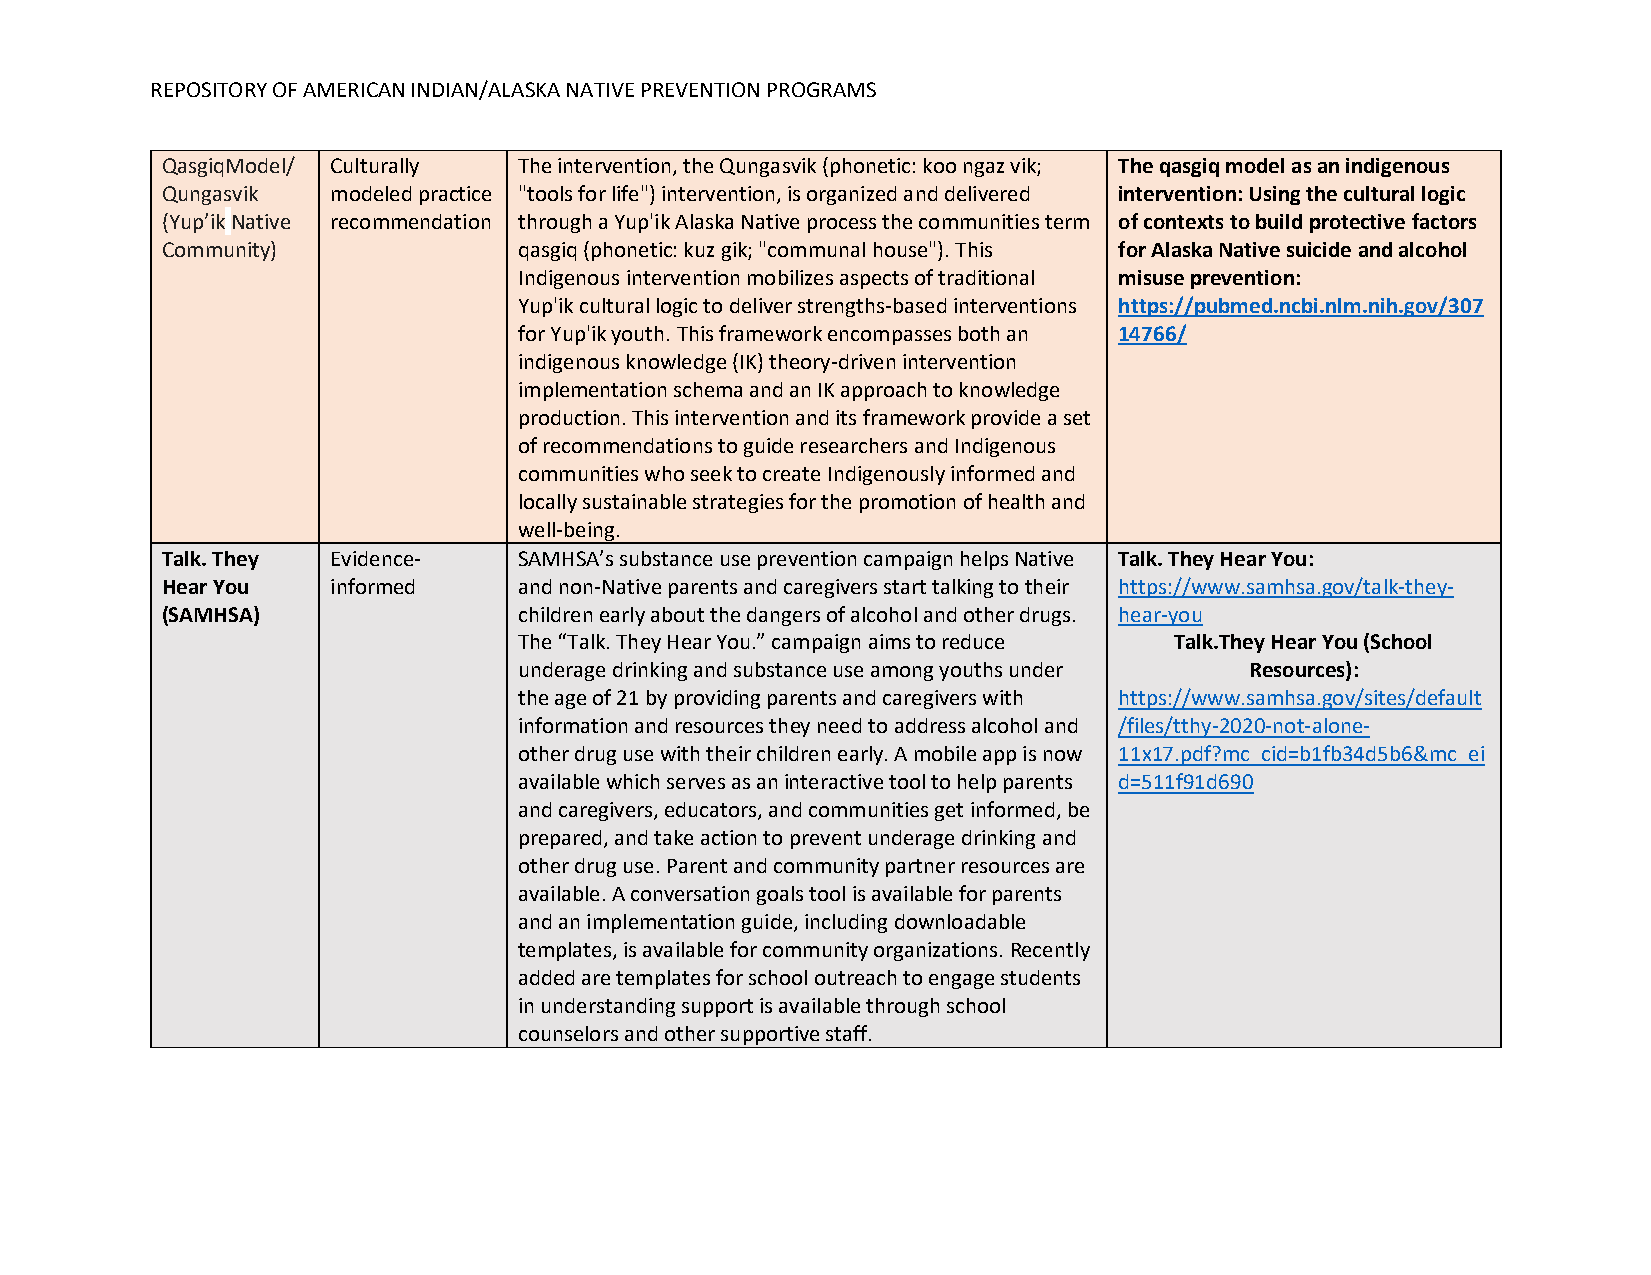
REPOSITORY OF AMERICAN INDIAN/ALASKA NATIVE PREVENTION PROGRAMS
 QasgiqModel/ Culturally The intervention, the Qungasvik (phonetic: koo ngaz vik; The qasgiq model as an indigenous
 Qungasvik  modeled practice "tools for life") intervention, is organized and delivered intervention: Using the cultural logic
 (Yup’ik Native recommendation through a Yup'ik Alaska Native process the communities term of contexts to build protective factors
 Community)             qasgiq (phonetic: kuz gik; "communal house"). This for Alaska Native suicide and alcohol
 Indigenous intervention mobilizes aspects of traditional misuse prevention:
 Yup'ik cultural logic to deliver strengths-based interventions https://pubmed.ncbi.nlm.nih.gov/307
 for Yup'ik youth. This framework encompasses both an 14766/
 indigenous knowledge (IK) theory-driven intervention
 implementation schema and an IK approach to knowledge
 production. This intervention and its framework provide a set
 of recommendations to guide researchers and Indigenous
 communities who seek to create Indigenously informed and
 locally sustainable strategies for the promotion of health and
 well-being.
 Talk. They Evidence-   SAMHSA’s substance use prevention campaign helps Native Talk. They Hear You:
 Hear You   informed    and non-Native parents and caregivers start talking to their https://www.samhsa.gov/talk-they-
 (SAMHSA)               children early about the dangers of alcohol and other drugs. hear-you
 The “Talk. They Hear You.” campaign aims to reduce Talk.They Hear You (School
 underage drinking and substance use among youths under Resources):
 the age of 21 by providing parents and caregivers with https://www.samhsa.gov/sites/default
 information and resources they need to address alcohol and /files/tthy-2020-not-alone-
 other drug use with their children early. A mobile app is now 11x17.pdf?mc_cid=b1fb34d5b6&mc_ei
 available which serves as an interactive tool to help parents d=511f91d690
 and caregivers, educators, and communities get informed, be
 prepared, and take action to prevent underage drinking and
 other drug use. Parent and community partner resources are
 available. A conversation goals tool is available for parents
 and an implementation guide, including downloadable
 templates, is available for community organizations. Recently
 added are templates for school outreach to engage students
 in understanding support is available through school
 counselors and other supportive staff.